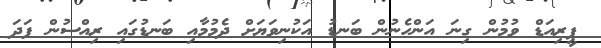
ޕީރިއަޑް ވުމުން ގިނަ އަންހެނުން ބަނޑު އަކުނިވަޔަށް ދެމުމާއި ބަނޑުގައި ރިއްސުން ފަދަ